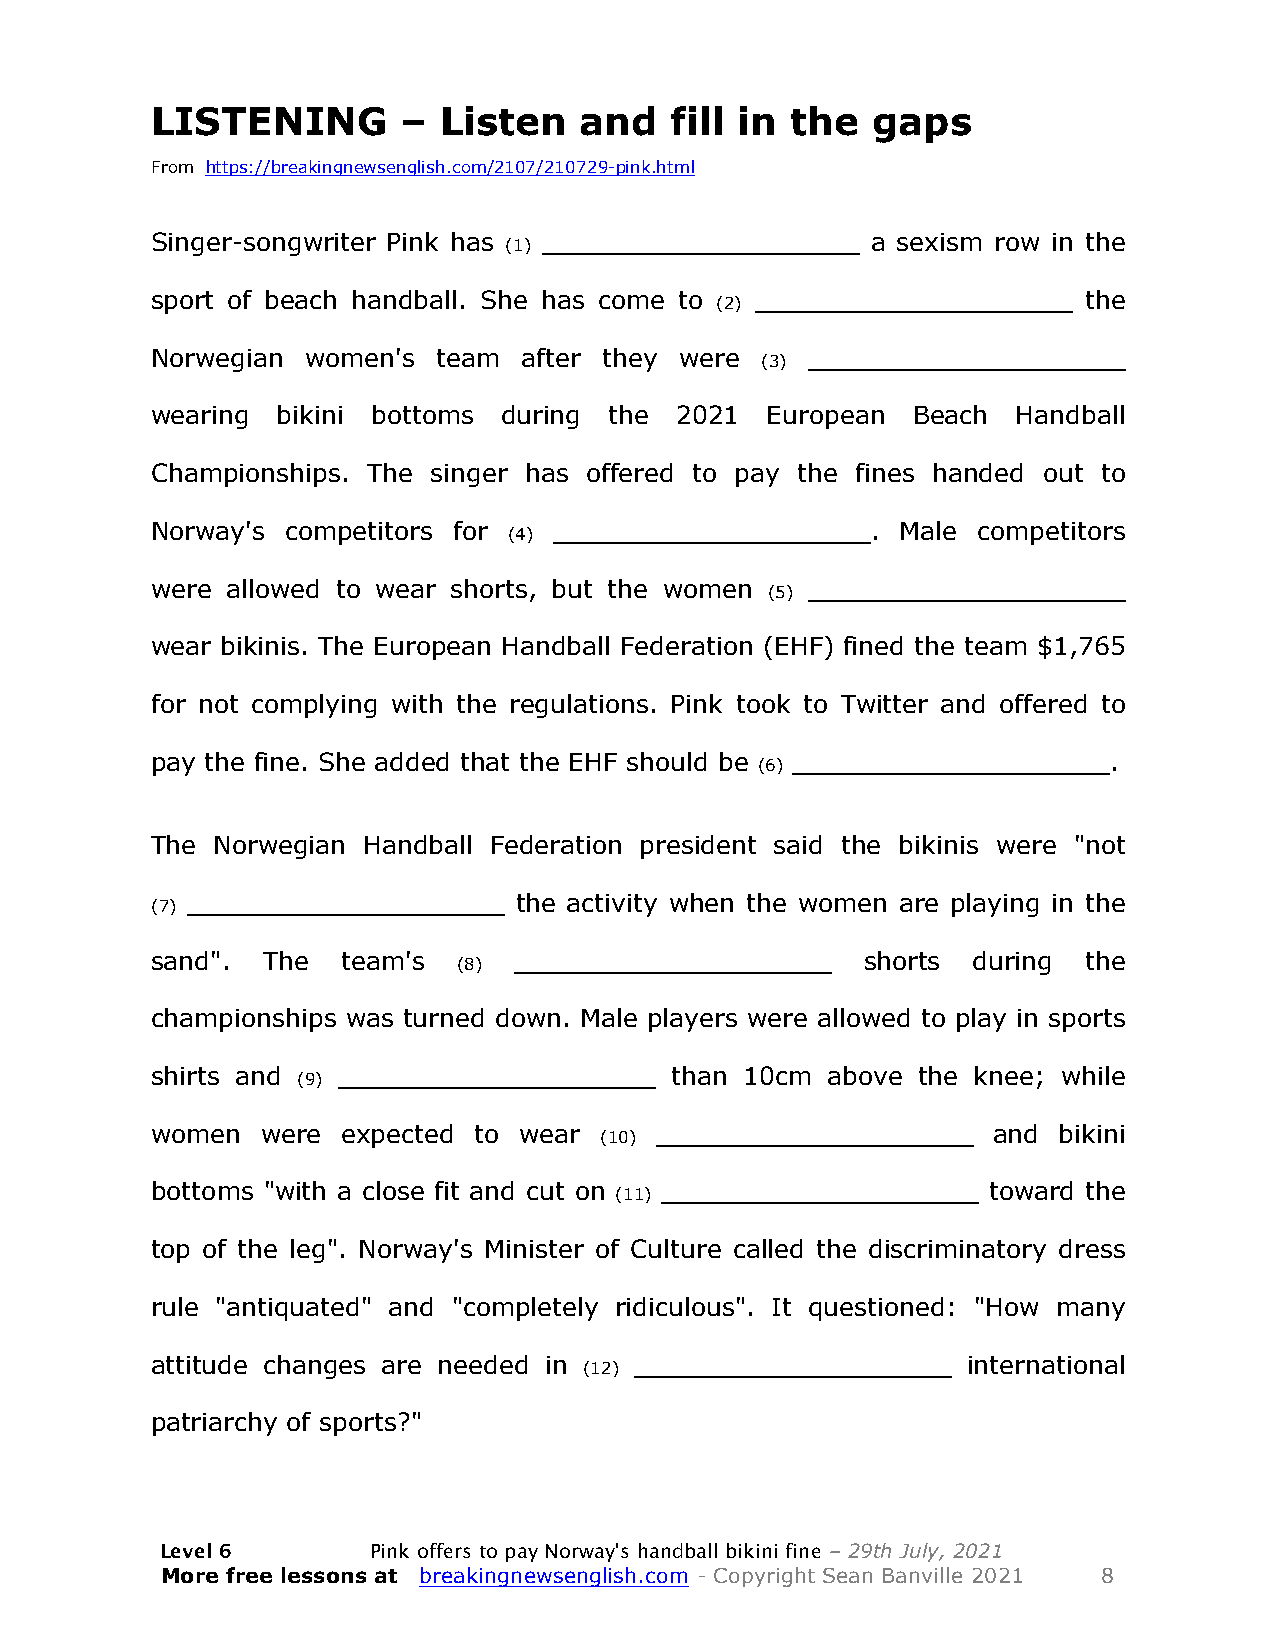
LISTENING        – Listen   and   fill in the   gaps
 From https://breakingnewsenglish.com/2107/210729-pink.html
 Singer-songwriter Pink has ____________________ a sexism row in the
 (1)
 sport of beach handball. She has come to ____________________ the
 (2)
 Norwegian women's  team  after they were    ____________________
 (3)
 wearing bikini bottoms during the  2021  European Beach  Handball
 Championships. The singer has offered to pay the fines handed out to
 Norway's competitors for   ____________________.  Male competitors
 (4)
 were allowed to wear shorts, but the women  ____________________
 (5)
 wear bikinis. The European Handball Federation (EHF) fined the team $1,765
 for not complying with the regulations. Pink took to Twitter and offered to
 pay the fine. She added that the EHF should be ____________________.
 (6)
 The Norwegian Handball Federation president said the bikinis were "not
 ____________________  the activity when the women are playing in the
 (7)
 sand". The   team's     ____________________   shorts during  the
 (8)
 championships was turned down. Male players were allowed to play in sports
 shirts and  ____________________  than 10cm  above the knee; while
 (9)
 women  were  expected to wear    ____________________   and bikini
 (10)
 bottoms "with a close fit and cut on ____________________ toward the
 (11)
 top of the leg". Norway's Minister of Culture called the discriminatory dress
 rule "antiquated" and "completely ridiculous". It questioned: "How many
 attitude changes are needed in  ____________________  international
 (12)
 patriarchy of sports?"
 Level 6      Pink offers to pay Norway's handball bikini fine – 29th July, 2021
 More free lessons at breakingnewsenglish.com - Copyright Sean Banville 2021 8